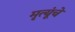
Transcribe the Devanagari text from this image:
मृत्यूंचे